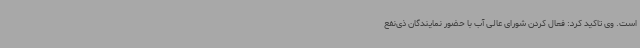
است. وی تاکید کرد: فعال کردن شورای عالی آب با حضور نمایندگان ذی‌نفع